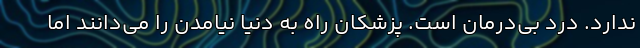
ندارد. درد بی‌درمان است. پزشکان راه به دنیا نیامدن را می‌دانند اما